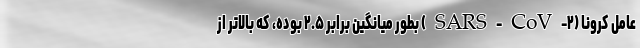
عامل کرونا (SARS-CoV-۲) بطور میانگین برابر ۲.۵ بوده، که بالاتر از